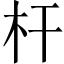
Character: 杆